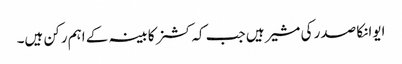
ایوانکا صدر کی مشیر ہیں جب کہ کشنر کابینہ کے اہم رکن ہیں۔